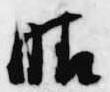
晴